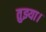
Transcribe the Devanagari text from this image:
तुझ्या।